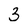
Character: 3